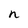
Character: n